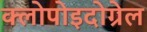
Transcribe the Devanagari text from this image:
क्लोपोइदोग्रेल